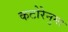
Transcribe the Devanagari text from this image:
कटोरेनुमा